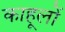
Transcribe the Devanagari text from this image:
काहूलों